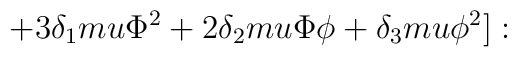
+3 \delta_1 m u \Phi^2 +2\delta_2 m u \Phi \phi + \delta_3 mu \phi^2]: